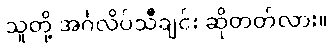
သူတို့ အင်္ဂလိပ်သီချင်း ဆိုတတ်လား။